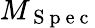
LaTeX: M_{\mathrm{~S~p~e~c~}}